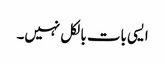
ایسی بات بالکل نہیں۔